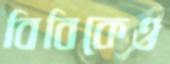
বিবিকেও